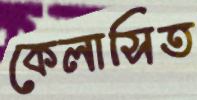
কেলাসিত